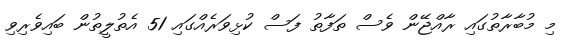
މި މުބާރާތުގައި ރާއްޖޭން ވެސް ތަފާތު ފަސް ކުޅިވަރެއްގައި 51 އެތުލީތުން ބައިވެރިވި